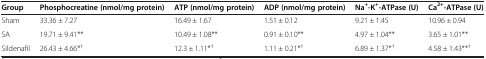
| Group | Phosphocreatine (nmol/mg protein) | ATP (nmol/mg protein) | ADP (nmol/mg protein) | Na+-K+-ATPase (U) | Ca2+-ATPase (U) |
 | --- | --- | --- | --- | --- | --- |
 | Sham | 33.36 ± 7.27 | 16.49 ± 1.67 | 1.51 ± 0.12 | 9.21 ± 1.45 | 10.96 ± 0.94 |
 | SA | 19.71 ± 9.41** | 10.49 ± 1.08** | 0.91 ± 0.10** | 4.97 ± 1.04** | 3.65 ± 1.01** |
 | Sildenafil | 26.43 ± 4.66*† | 12.3 ± 1.11*† | 1.11 ± 0.21*† | 6.89 ± 1.37*† | 4.58 ± 1.43**† |